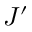
J ^ { \prime }